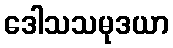
ဒေါသသမုဒယာ